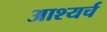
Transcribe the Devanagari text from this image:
आश्यर्च